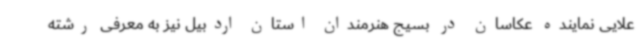
علایی نماینده عکاسان در بسیج هنرمندان استان اردبیل نیز به معرفی رشته